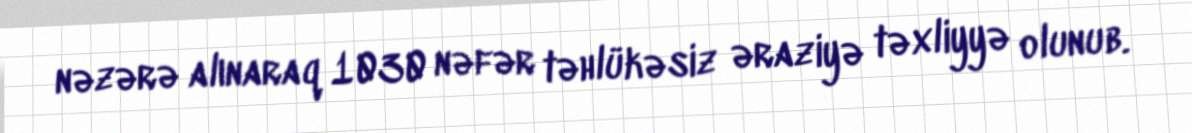
nəzərə alınaraq 1030 nəfər təhlükəsiz əraziyə təxliyyə olunub.